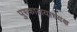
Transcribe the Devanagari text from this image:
पुस्कालयाध्यक्ष